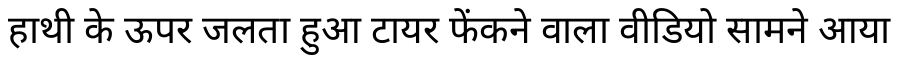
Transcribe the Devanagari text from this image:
हाथी के ऊपर जलता हुआ टायर फेंकने वाला वीडियो सामने आया